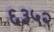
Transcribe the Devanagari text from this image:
६३५२